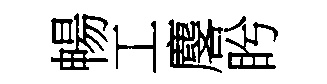
暢工麐盻